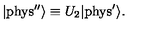
| \mathrm { { p h y s ^ { \prime \prime } } } \rangle \equiv U _ { 2 } | { \mathrm { p h y s } } ^ { \prime } \rangle .